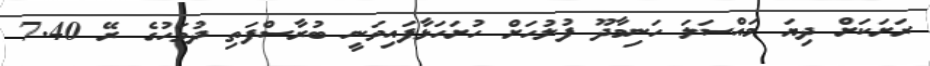
ރަށަކަށް ދިޔަ މައްސަލަ ހަނިމާދޫ ފުލުހަށް ހުށަހަޅާފައިވަނީ ބުރާސްފަތި ދުވަހުގެ ރޭ 7.40